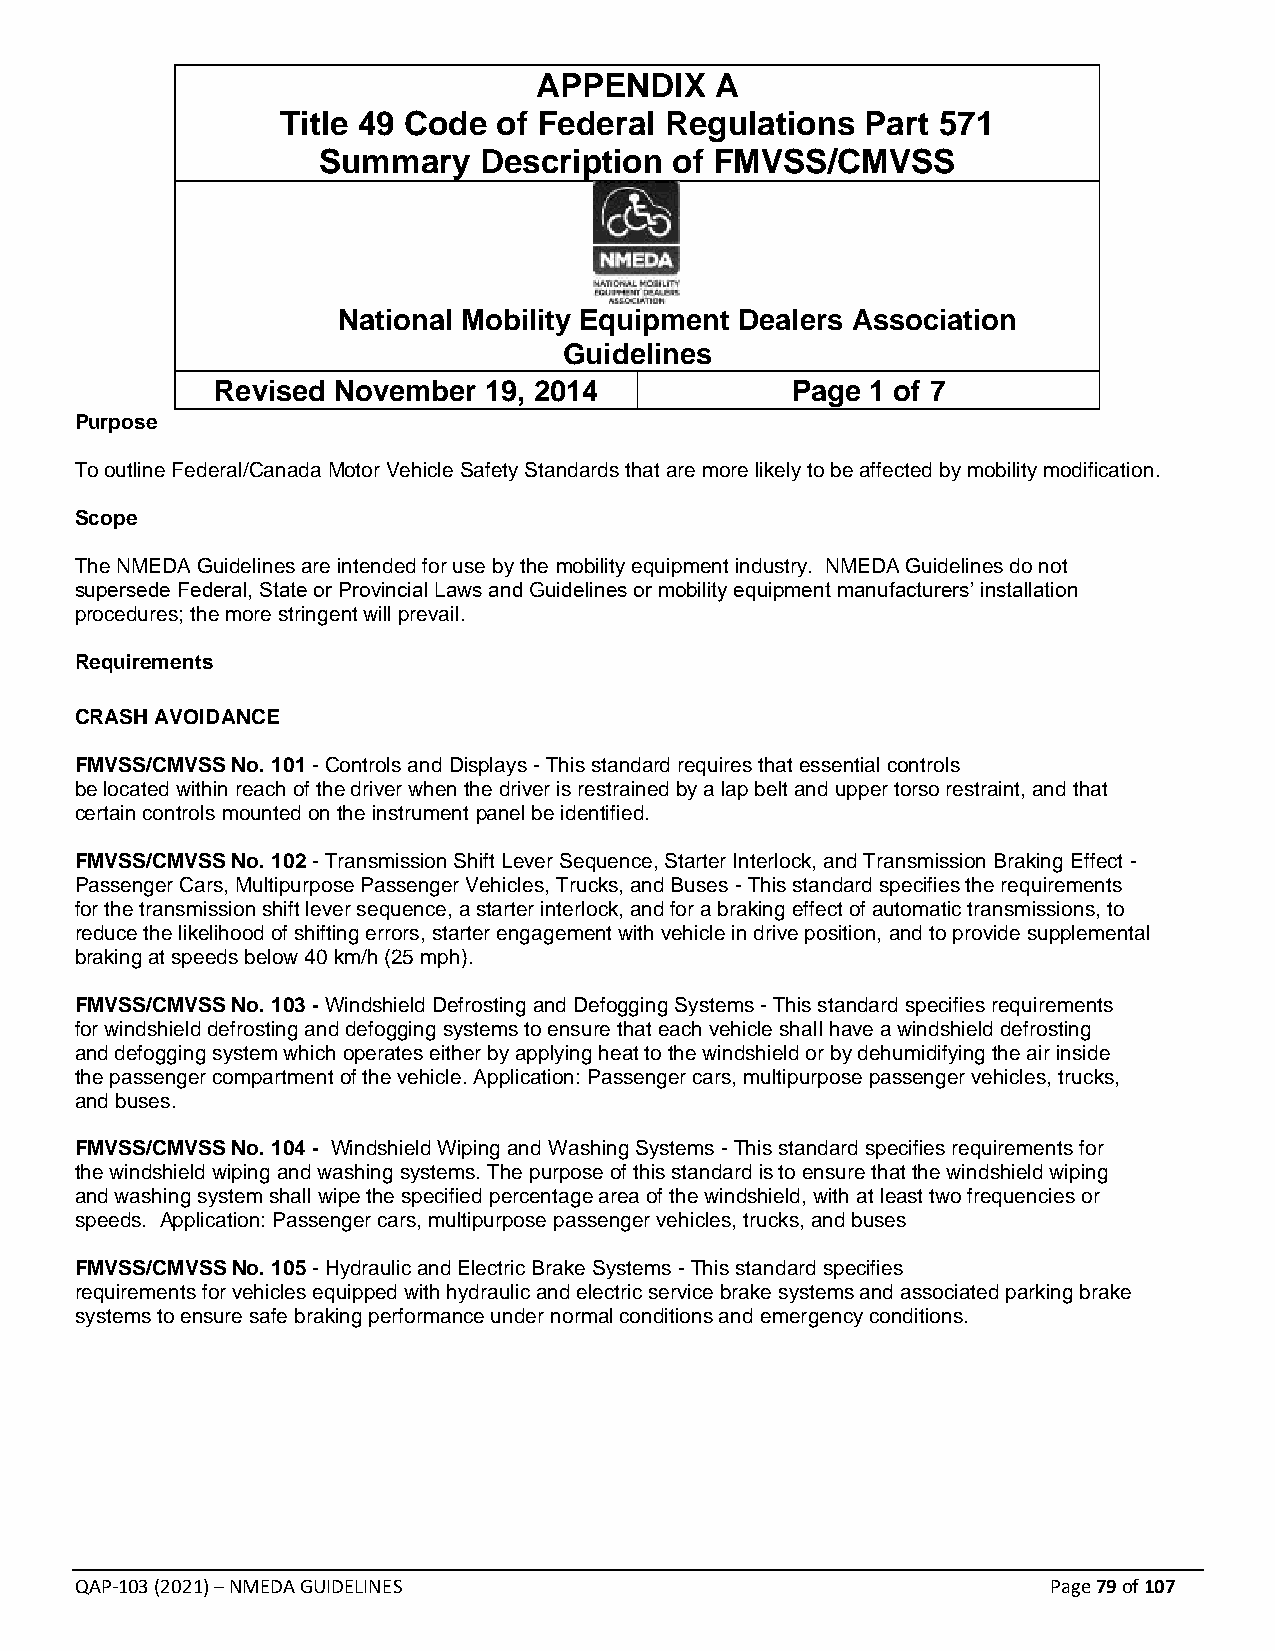
APPENDIX    A
 Title 49 Code of Federal Regulations  Part 571
 Summary    Description  of FMVSS/CMVSS
 National Mobility Equipment Dealers Association
 Guidelines
 Revised November  19, 2014            Page  1 of 7
 Purpose
 To outline Federal/Canada Motor Vehicle Safety Standards that are more likely to be affected by mobility modification.
 Scope
 The NMEDA Guidelines are intended for use by the mobility equipment industry. NMEDA Guidelines do not
 supersede Federal, State or Provincial Laws and Guidelines or mobility equipment manufacturers’ installation
 procedures; the more stringent will prevail.
 Requirements
 CRASH AVOIDANCE
 FMVSS/CMVSS No. 101 - Controls and Displays - This standard requires that essential controls
 be located within reach of the driver when the driver is restrained by a lap belt and upper torso restraint, and that
 certain controls mounted on the instrument panel be identified.
 FMVSS/CMVSS No. 102 - Transmission Shift Lever Sequence, Starter Interlock, and Transmission Braking Effect -
 Passenger Cars, Multipurpose Passenger Vehicles, Trucks, and Buses - This standard specifies the requirements
 for the transmission shift lever sequence, a starter interlock, and for a braking effect of automatic transmissions, to
 reduce the likelihood of shifting errors, starter engagement with vehicle in drive position, and to provide supplemental
 braking at speeds below 40 km/h (25 mph).
 FMVSS/CMVSS No. 103 - Windshield Defrosting and Defogging Systems - This standard specifies requirements
 for windshield defrosting and defogging systems to ensure that each vehicle shall have a windshield defrosting
 and defogging system which operates either by applying heat to the windshield or by dehumidifying the air inside
 the passenger compartment of the vehicle. Application: Passenger cars, multipurpose passenger vehicles, trucks,
 and buses.
 FMVSS/CMVSS No. 104 - Windshield Wiping and Washing Systems - This standard specifies requirements for
 the windshield wiping and washing systems. The purpose of this standard is to ensure that the windshield wiping
 and washing system shall wipe the specified percentage area of the windshield, with at least two frequencies or
 speeds. Application: Passenger cars, multipurpose passenger vehicles, trucks, and buses
 FMVSS/CMVSS No. 105 - Hydraulic and Electric Brake Systems - This standard specifies
 requirements for vehicles equipped with hydraulic and electric service brake systems and associated parking brake
 systems to ensure safe braking performance under normal conditions and emergency conditions.
 QAP-103 (2021) – NMEDA GUIDELINES                                Page 79 of 107